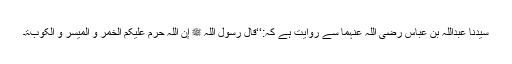
سیدنا عبداللہ بن عباس رضی اللہ عنہما سے روایت ہے کہ:‘‘قال رسول اللہ ﷺ إن اللہ حرم علیکم الخمر و المیسر و الکوبۃ۔